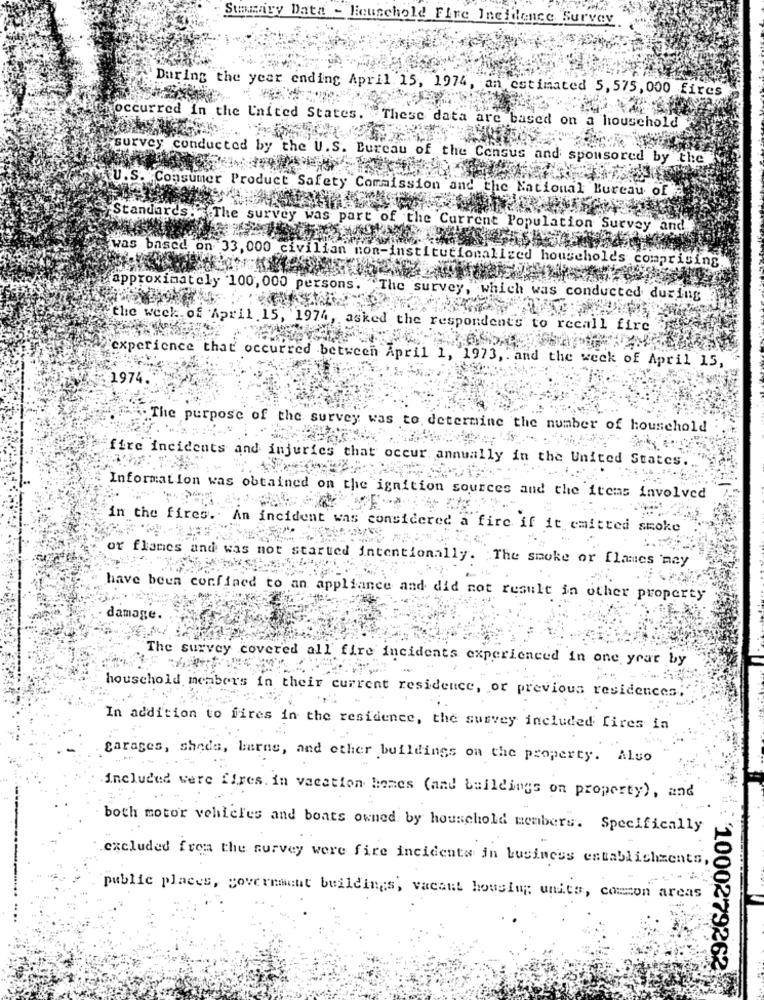
Stammiry Data - Household Fire Incidence. Survey
During the year ending April 15, 1974, an estimated 5, 575, 000 fires
occurred In the United States. These data are based on a household
survey conducted by the U.S. Bureau of the Census and sponsored by the
TU.S. Consumer Product Safety Commission and the
ational Bureau of
Standards: The survey was part of the Current Population Survey and
was based on 33, 000 civilian non-institutionalized households comprising.
approximately 100, 000 persons.
"The survey, which was conducted during
the week of April 15, 1974, asked the respondents to recall fire
experience that occurred between April 1, 1973, . and the week of April 15,
:1974
The purpose of the survey was to determine the number of household
fire incidents and injuries that occur annually in the United States.
Information was obtained on the ignition sources and the items involved
in the fires .. An incident was considered a fire if it emitted smoke
or flames and was not started intentionally. The smoke or flames nay
have been confined to an appliance and did not result in other property
damage.
The survey covered all fire incidents experienced in one year by
houschold members in their current residence, or previous residences;
In addition to fires in the residence, the survey included fires in
garages, shede, barne, and other buildings on the property. Also
included were fires. in vacation homes (and buildings on property), and
both motor vehicles and boats owned by household members. Specifically
excluded from the survey were fire incidents in business establishments,
public places, government buildings, vacant housing units, common areas
'1000279262)